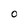
Character: O